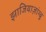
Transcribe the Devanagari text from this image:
झाजियाज़ांग्बू